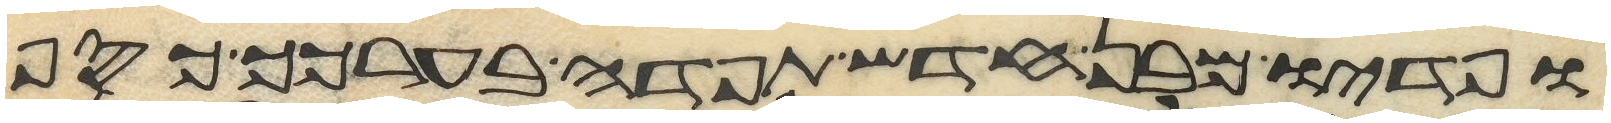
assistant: ופדיו מבן חדש תפדה בערכך כסף